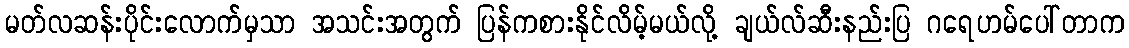
မတ်လဆန်းပိုင်းလောက်မှသာ အသင်းအတွက် ပြန်ကစားနိုင်လိမ့်မယ်လို့ ချယ်လ်ဆီးနည်းပြ ဂရေဟမ်ပေါ်တာက